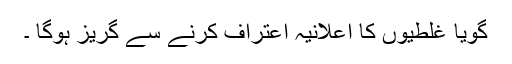
گویا غلطیوں کا اعلانیہ اعتراف کرنے سے گریز ہوگا ۔